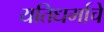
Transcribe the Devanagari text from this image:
यतिधर्माचे